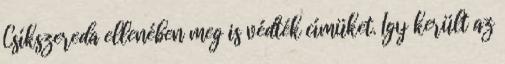
Csíkszereda ellenében meg is védték címüket. Így került az